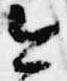
今